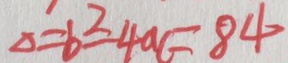
\Delta = b ^ { 2 } - 4 a c = 8 4